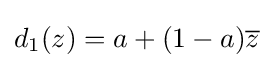
d_{1}(z)=a+(1-a){\overline {z}}